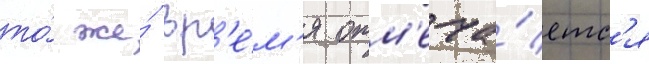
то́ же́ вр'е́м'я отм'еча́етс'я